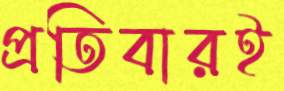
প্রতিবারই